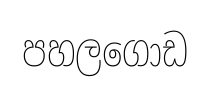
පහලගොඩ